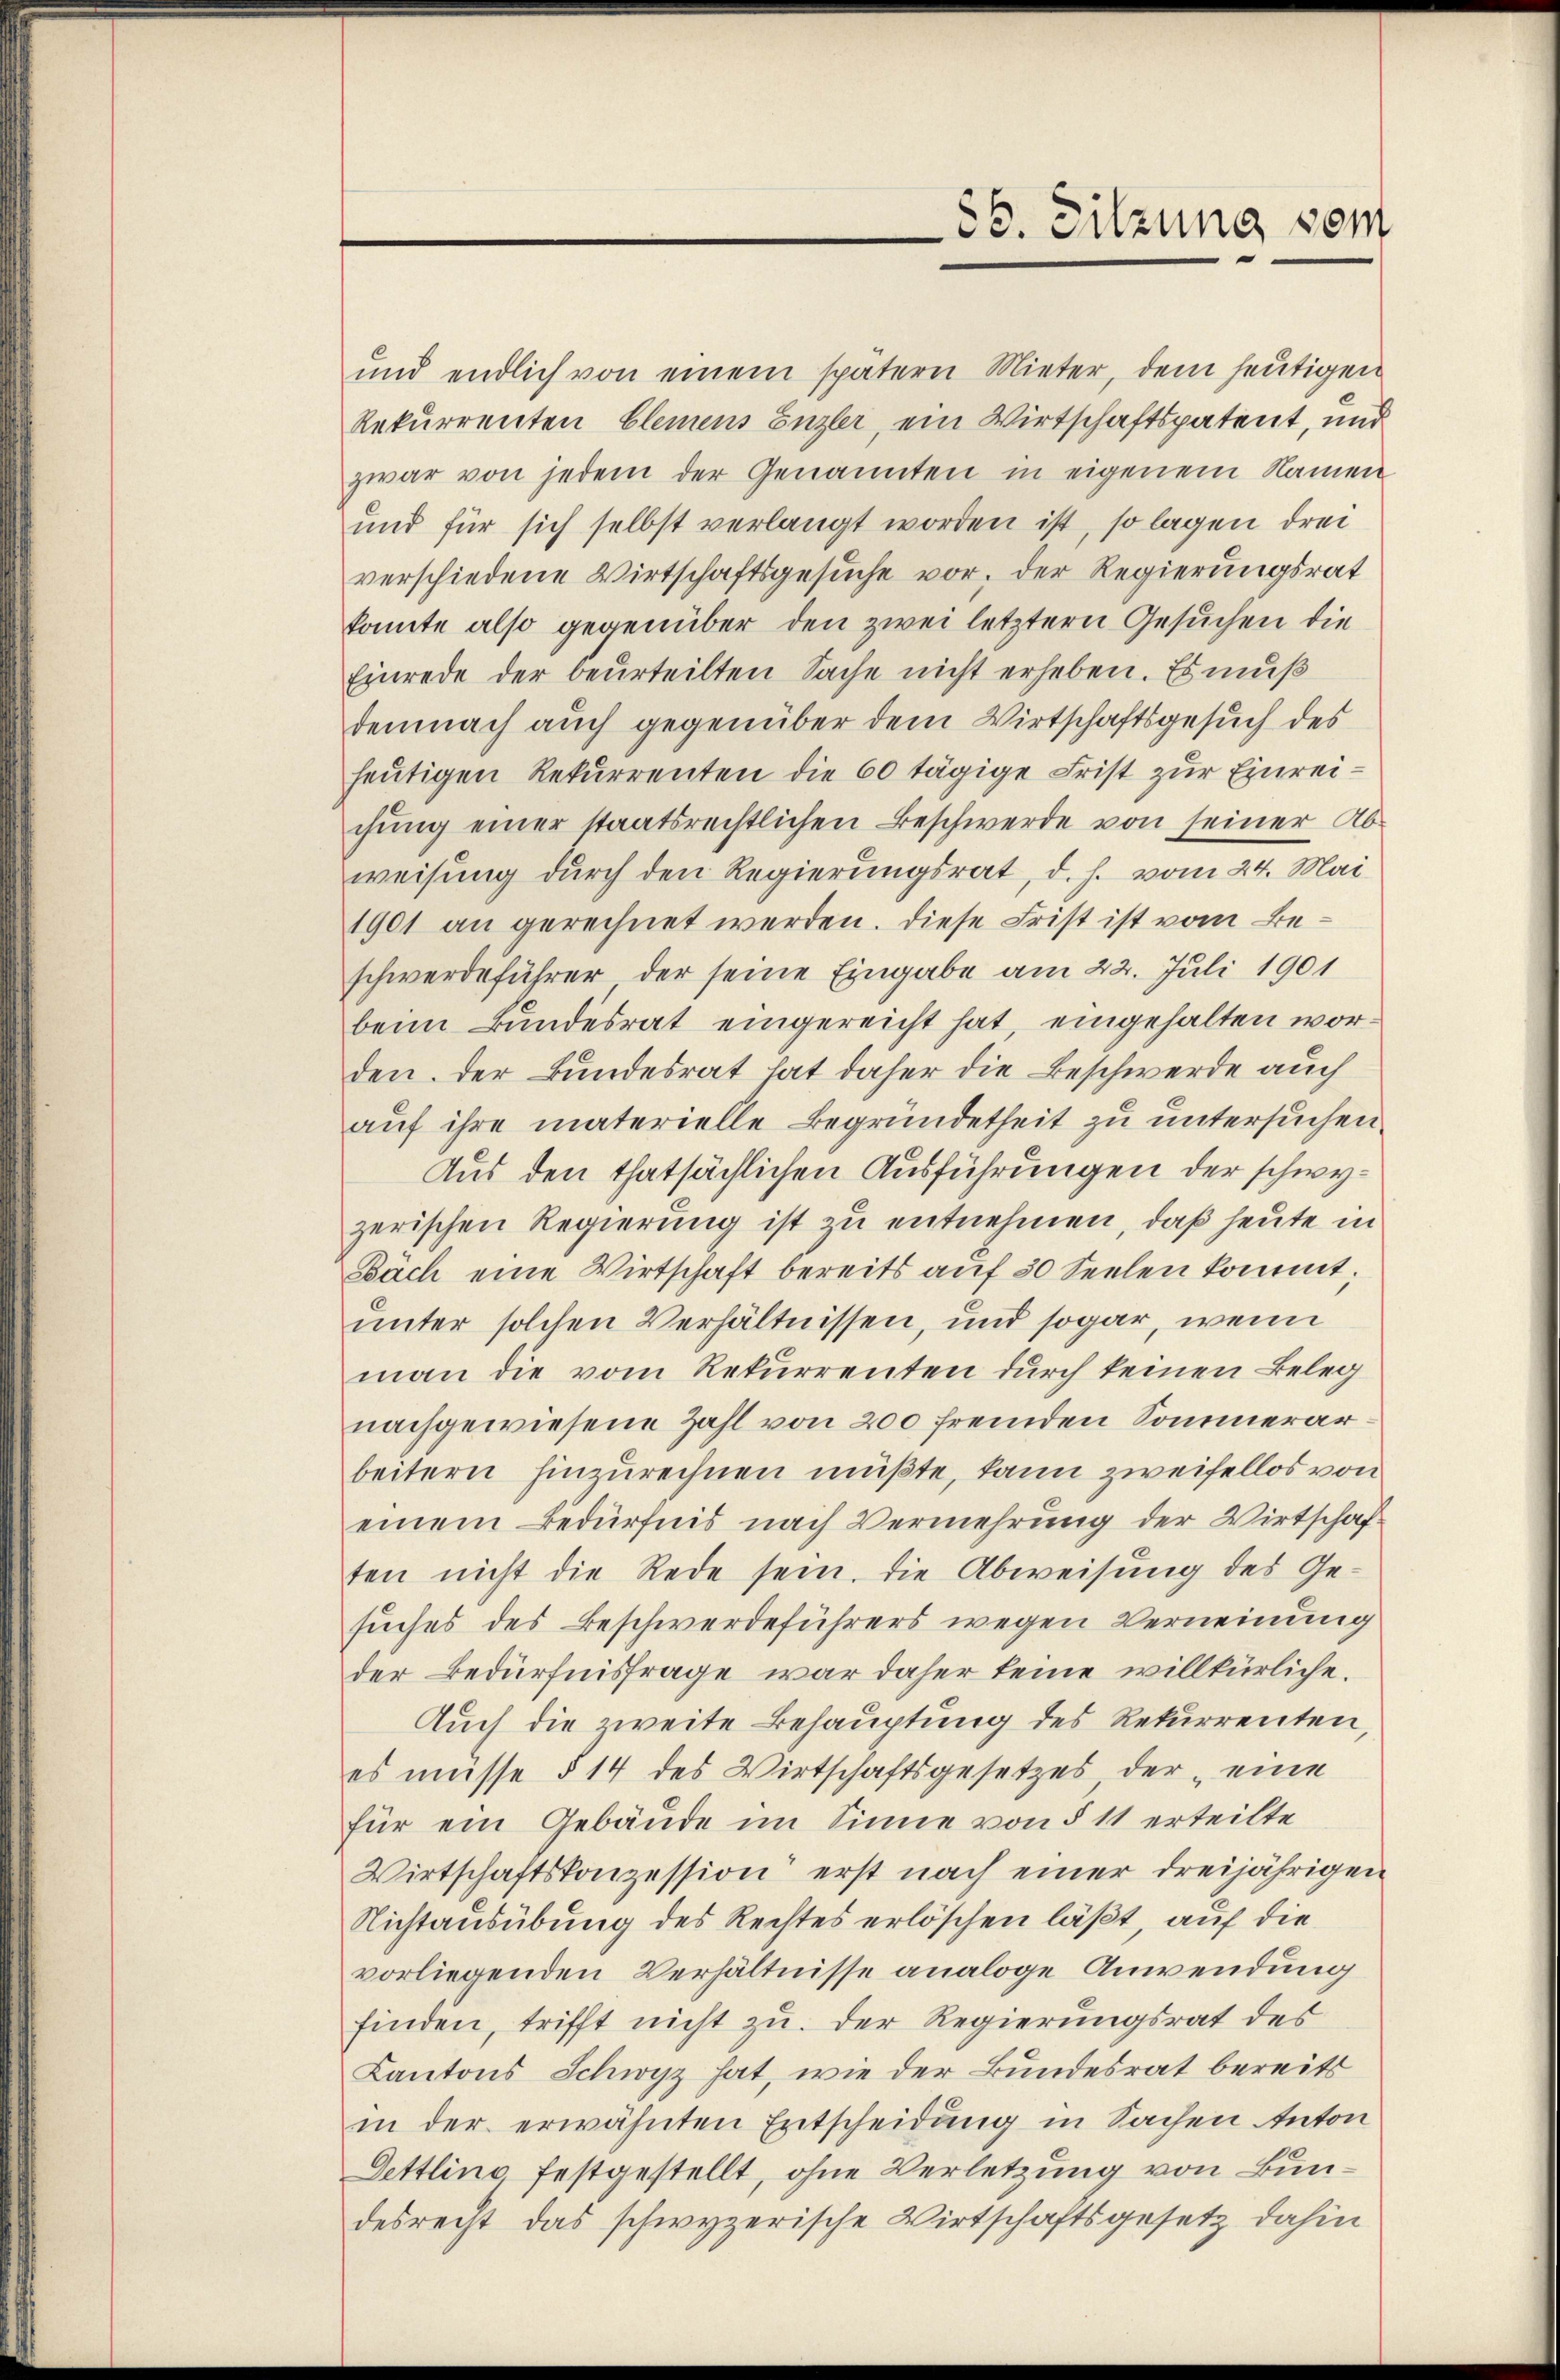
und endlich von einem spätern Mieter, dem heutigen
Rekurrenten Elemens Enzler, ein Wirtschaftspatent, und
zwar von jedem der Genannten in eigenem Namen
und für sich selbst verlangt worden ist, so lagen drei
verschiedene Wirtschaftsgesuche vor, der Regierungsrat
konnte also gegenüber den zwei letztern Gesuchen die
Einrede der beurteilten Sache nicht erheben. Es muß
demnach auch gegenüber dem Wirtschaftsgesuch des
heutigen Rekurrenten die 60 tägige Frist zur Einreichung einer staatsrechtlichen Beschwerde von seiner Abweisung durch den Regierungsrat, d. h. vom 24. Mai
1901 an gerechnet werden. Diese Frist ist vom Beschwerdeführer der seine Eingabe am 22. Juli 1901
beim Bundesrat eingereicht hat, eingehalten worden. Der Bundesrat hat daher die Beschwerde auch
auf ihre materielle Begründetheit zu untersuchen.
Aus den thatsächlichen Ausführungen der schwyzerischen Regierung ist zu entnehmen, daß heute in
Bäch eine Wirtschaft bereits auf 30 Seelen kommt;
unter solchen Verhältnissen, und sogar, wenn
man die vom Rekurrenten durch keinen Beleg
nachgewiesene Zahl von 200 fremden Sommerarbeitern hinzurechnen müßte, kann zweifellos von
einem Bedürfnis nach Vermehrung der Wirtschaften nicht die Rede sein. Die Abweisung des Ge-
suches des Beschwerdeführers wegen Verneinung
der Bedürfnisfrage war daher keine willkürliche.
Auch die zweite Behauptung des Rekurrenten,
es müsse § 14 des Wirtschaftsgesetzes, der eine
für ein Gebäude im Sinne von § 11 erteilte
Wirtschaftskonzession erst nach einer dreijährigen
Nichtausübung des Rechtes erlöschen läßt, auf die
vorliegenden Verhältnisse analoge Anwendung
finden, trifft nicht zu. Der Regierungsrat des
Kantons Schwyz hat, wie der Bundesrat bereits
in der erwähnten Entscheidung in Sachen Anton
Dettling festgestellt, ohne Verletzung von Bundesrecht das schwyzerische Wirtschaftsgesetz dahin

86. Sitzung vom